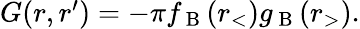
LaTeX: \begin{array}{r}{G(r,r^{\prime})=-\pi f_{\mathrm{~B~}}(r_{<})g_{\mathrm{~B~}}(r_{>}).}\end{array}